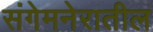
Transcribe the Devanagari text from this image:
संगेमनेरातील